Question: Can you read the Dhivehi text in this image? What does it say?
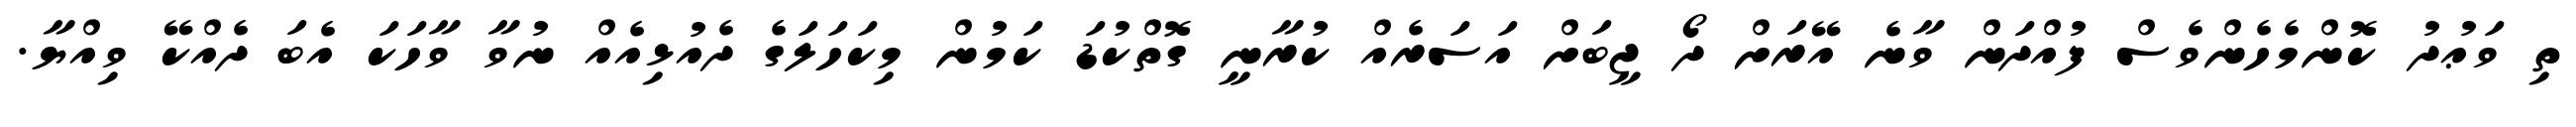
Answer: ތި ވަޢުދު ކޮންމެހެންވެސް ފުއްދަން ވާނެ އޭރަށް ދޯ ޖީބަށް އަސަރެއް ކުރާނީ ގޮތްކުޑަ ކަމުން މިކަހަލަގެ ދެއުޅިއެއް ނުވާ ވާހަކަ އެބަ ދެއްކޭ ވިއްޔާ.